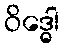
ဝိဒ္ဓေါ